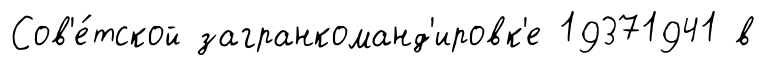
Сов'е́тской загранкоманд'ировк'е 19371941 в